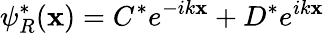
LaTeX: \psi_{R}^{*}(\mathbf{x})=C^{*}e^{-ik\mathbf{x}}+D^{*}e^{ik\mathbf{x}}